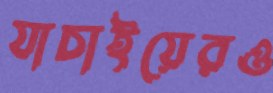
যাচাইয়েরও